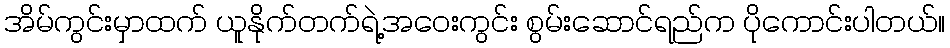
အိမ်ကွင်းမှာထက် ယူနိုက်တက်ရဲ့အဝေးကွင်း စွမ်းဆောင်ရည်က ပိုကောင်းပါတယ်။